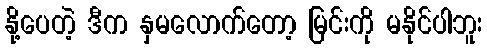
နို့ပေတဲ့ ဒီက နှမလောက်တော့ မြင်းကို မနိုင်ပါဘူး